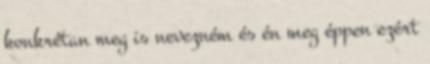
konkrétan meg is nevezném és én meg éppen ezért